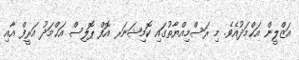
އަޒްލީން އަޙްމަދުއެވެ. މި ރަސްމިއްޔާތުގައި ކޮމިޝަނަރ އޮފް ޕޮލިސް އަޙްމަދު އަރީފް އާއި